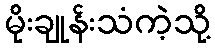
မိုးချုန်းသံကဲ့သို့